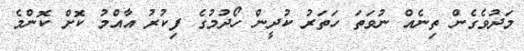
މަދުވެގެން ތިނެއް ނުވަތަ ހަތަރު ކުދީން ހޯދުމުގެ ފިކުރު އާއްމު ކޮށް ކޮންމެ